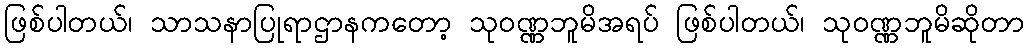
ဖြစ်ပါတယ်၊ သာသနာပြုရာဌာနကတော့ သုဝဏ္ဏဘူမိအရပ် ဖြစ်ပါတယ်၊ သုဝဏ္ဏဘူမိဆိုတာ